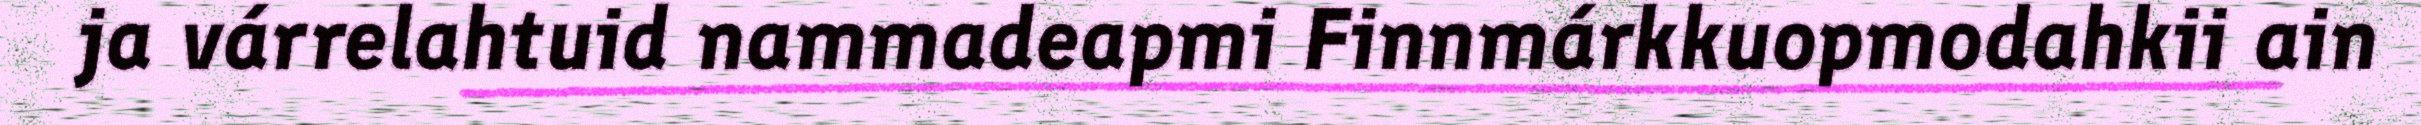
ja várrelahtuid nammadeapmi Finnmárkkuopmodahkii ain